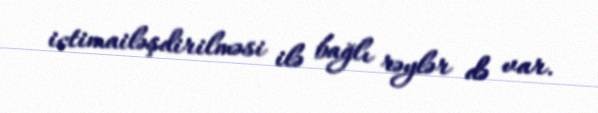
ictimailəşdirilməsi ilə bağlı rəylər də var.